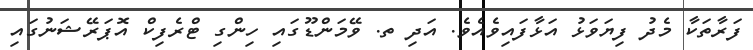
ފަރާތަކާ މެދު ފިޔަވަޅު އަޅާފައިވެއެވެ. އަދި ތ. ވޭމަންޑޫގައި ހިންގި ޓްރެފިކް އޮޕަރޭޝަނުގައި